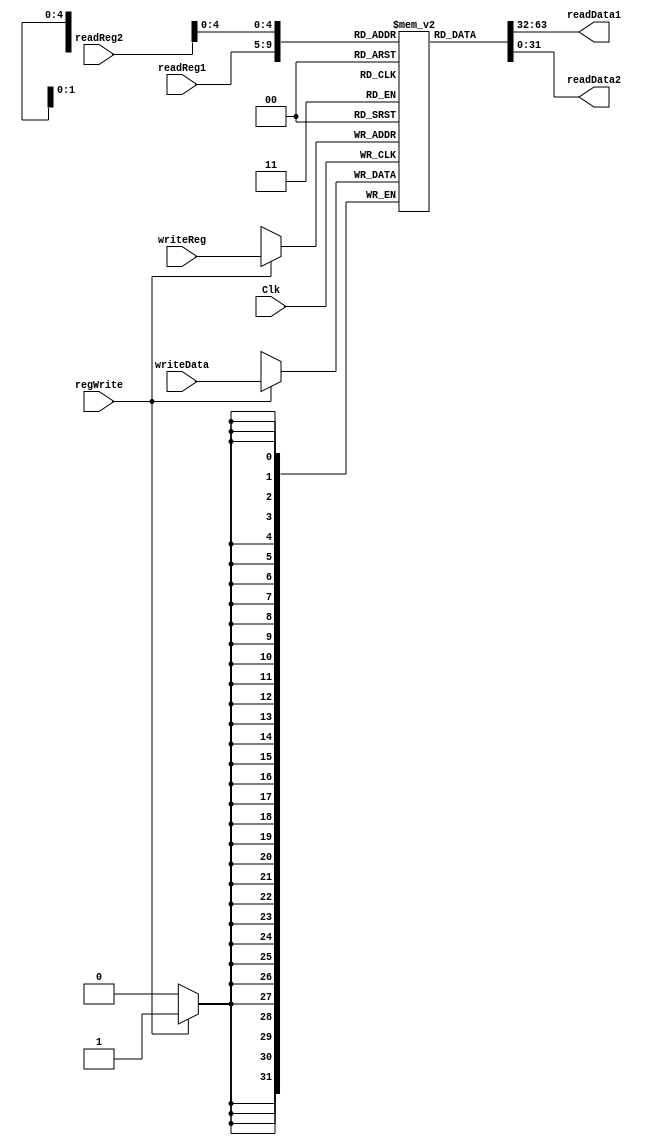
`timescale 1ns / 1ps
//////////////////////////////////////////////////////////////////////////////////
// Company: 
// Engineer: 
// 
// Design Name: 
// Module Name: Registers
// Project Name: 
// Target Devices: 
// Tool Versions: 
// Description: 
// 
// Dependencies: 
// 
// Revision:
// Revision 0.01 - File Created
// Additional Comments:
// 
//////////////////////////////////////////////////////////////////////////////////


module Registers(
    input [25:21] readReg1,
    input [21:16] readReg2,
    input [4:0] writeReg,
    input [31:0] writeData,
    input regWrite,
    input Clk,
    output [31:0] readData1,
    output [31:0] readData2
    );
    
    reg [31:0] regFile[31:0];
    reg [31:0] ReadData1;
    reg [31:0] ReadData2;
    
    always @ (readReg1 or readReg2 or writeReg)
        begin
            ReadData1 = regFile[readReg1];
            ReadData2 = regFile[readReg2];
        end
    
    assign readData1 = ReadData1;
    assign readData2 = ReadData2; 
    
    always @ (negedge Clk)
        begin
            if(regWrite)
                regFile[writeReg] = writeData;
        end
endmodule